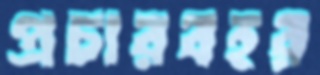
প্রচারবহর